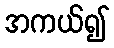
အကယ်၍